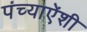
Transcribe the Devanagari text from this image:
पंच्याऐंशी